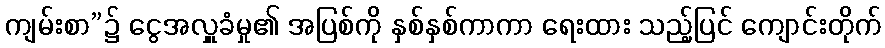
ကျမ်းစာ”၌ ငွေအလှူခံမှု၏ အပြစ်ကို နှစ်နှစ်ကာကာ ရေးထား သည့်ပြင် ကျောင်းတိုက်